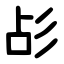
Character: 㣌